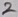
Text: 2